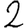
Digit: 2